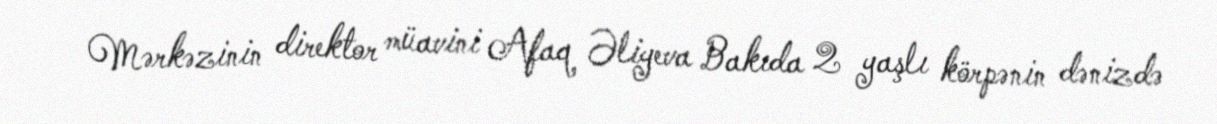
Mərkəzinin direktor müavini Afaq Əliyeva Bakıda 2 yaşlı körpənin dənizdə